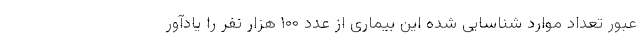
عبور تعداد موارد شناسایی شده این بیماری از عدد ۱۰۰ هزار نفر را یادآور